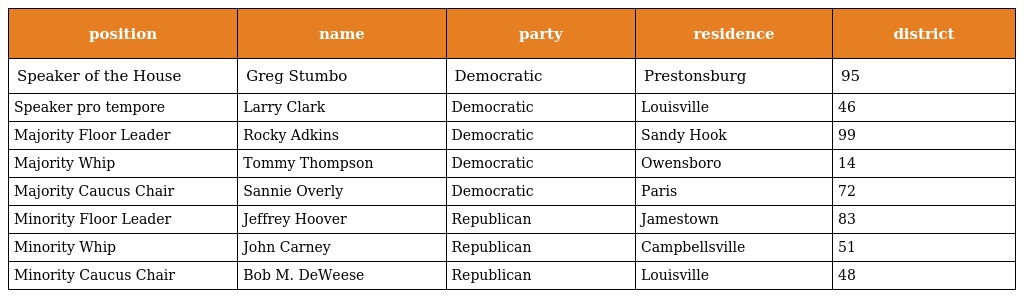
| position | name | party | residence | district |
 | --- | --- | --- | --- | --- |
 | Speaker of the House | Greg Stumbo | Democratic | Prestonsburg | 95 |
 | Speaker pro tempore | Larry Clark | Democratic | Louisville | 46 |
 | Majority Floor Leader | Rocky Adkins | Democratic | Sandy Hook | 99 |
 | Majority Whip | Tommy Thompson | Democratic | Owensboro | 14 |
 | Majority Caucus Chair | Sannie Overly | Democratic | Paris | 72 |
 | Minority Floor Leader | Jeffrey Hoover | Republican | Jamestown | 83 |
 | Minority Whip | John Carney | Republican | Campbellsville | 51 |
 | Minority Caucus Chair | Bob M. DeWeese | Republican | Louisville | 48 |